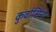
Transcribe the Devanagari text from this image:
कुर्वासिन्दे